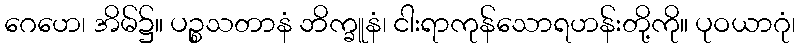
ဂေဟေ၊ အိမ်၌။ ပဉ္စသတာနံ ဘိက္ခူနံ၊ ငါးရာကုန်သောရဟန်းတို့ကို။ ပုဝယာဂုံ၊